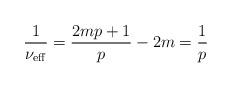
LaTeX: \begin{align*}\frac{1}{\nu_{\rm{eff}}}=\frac{2mp+1}{p} - 2m=\frac{1}{p}\end{align*}